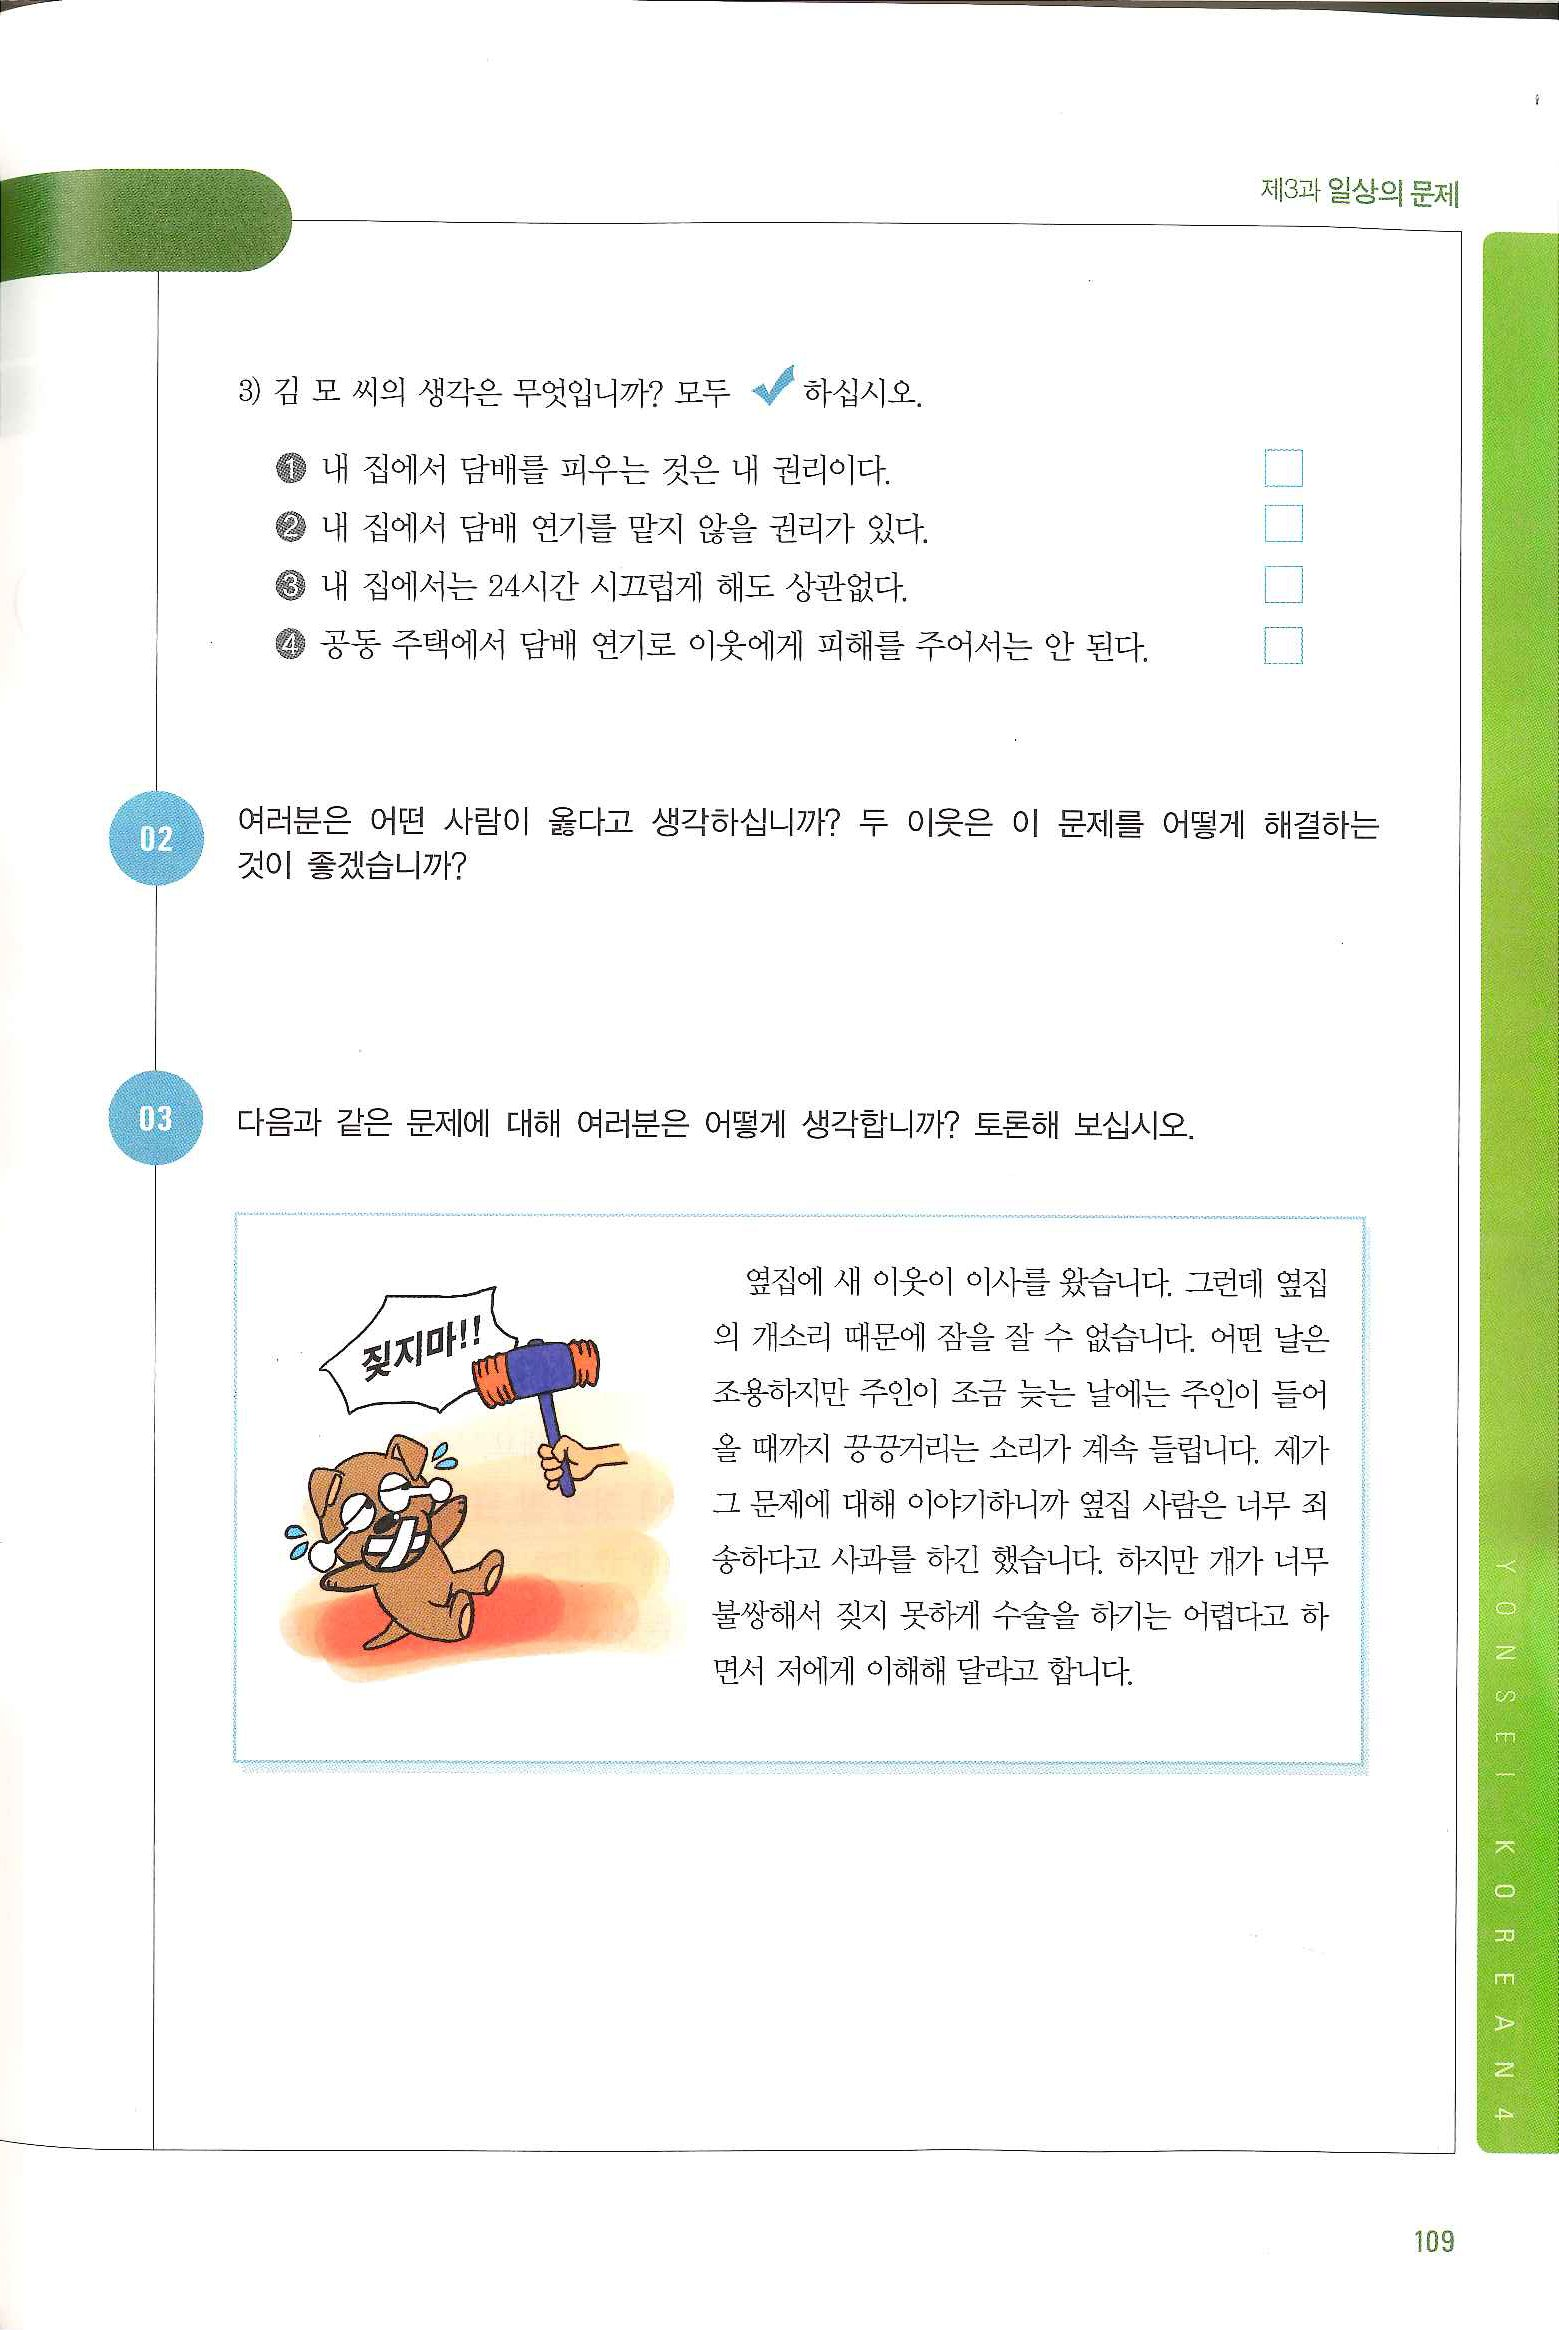
Language: ko